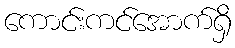
ကောင်းကင်အောက်ရှိ